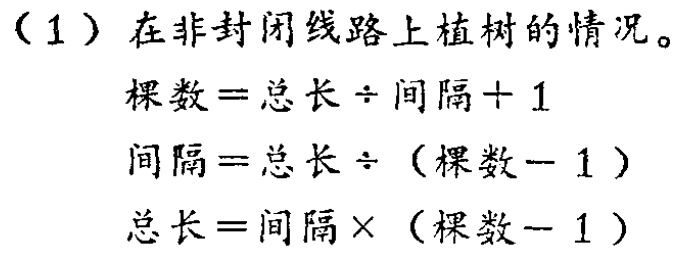
（1）在非封闭线路上植树的情况。

\[

\begin{align*}

棵数&=总长\div间隔 + 1\\

间隔&=总长\div(棵数 - 1)\\

总长&=间隔\times(棵数 - 1)

\end{align*}

\]